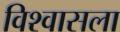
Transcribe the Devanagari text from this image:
विश्वासला